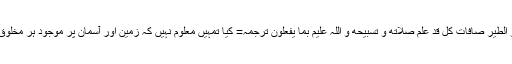
أَ لَمْ‌ تر أَنَّ اللَّہ یسَبِّحُ لَه مَنْ فِی السَّماواتِ وَ الْأَرْضِ وَ الطَّیرُ صَافَّاتٍ کلٌّ قَدْ عَلِمَ صَلاتَه وَ تَسْبیحَه وَ اللَّہ عَلیمٌ بِما یفْعَلُونَ ترجمہ= کیا تمہیں معلوم نہیں کہ زمین اور آسمان پر موجود ہر مخلوق اور پر پھیلائے پرندے خدا کی تسبح کرتے ہیں؟